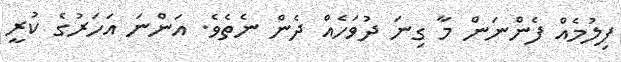
ފިލުމެއް ފެންނަން މާ ގިނަ ދުވަހެއް ދެން ނެތެވެ. އަންނަ އަހަރުގެ ކުރީ